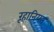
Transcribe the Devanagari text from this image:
रूहानियत